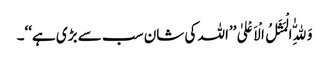
وَلِلّٰهِ الْمَثَلُ الْاَعْلیٰ ’’اللہ کی شان سب سے بڑی ہے‘‘۔